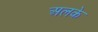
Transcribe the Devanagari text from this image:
अलके